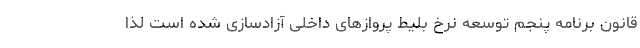
قانون برنامه پنجم توسعه نرخ بلیط پروازهای داخلی آزادسازی شده است لذا